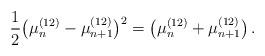
LaTeX: \begin{align*}\frac{1}{2} \big( \mu_n^{(12)}-\mu_{n+1}^{(12)} \big)^2 = \big( \mu_n^{(12)}+\mu_{n+1}^{(12)} \big) \,. \end{align*}